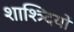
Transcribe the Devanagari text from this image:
शाश्त्र्दियों